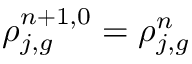
\rho _ { j , g } ^ { n + 1 , 0 } = \rho _ { j , g } ^ { n }